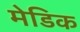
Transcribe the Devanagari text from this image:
मेडिक